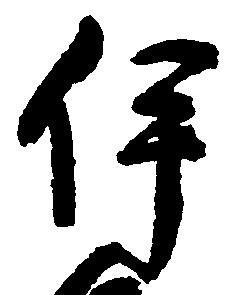
伊